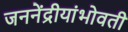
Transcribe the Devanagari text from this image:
जननेंद्रीयांभोवती